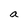
Character: a